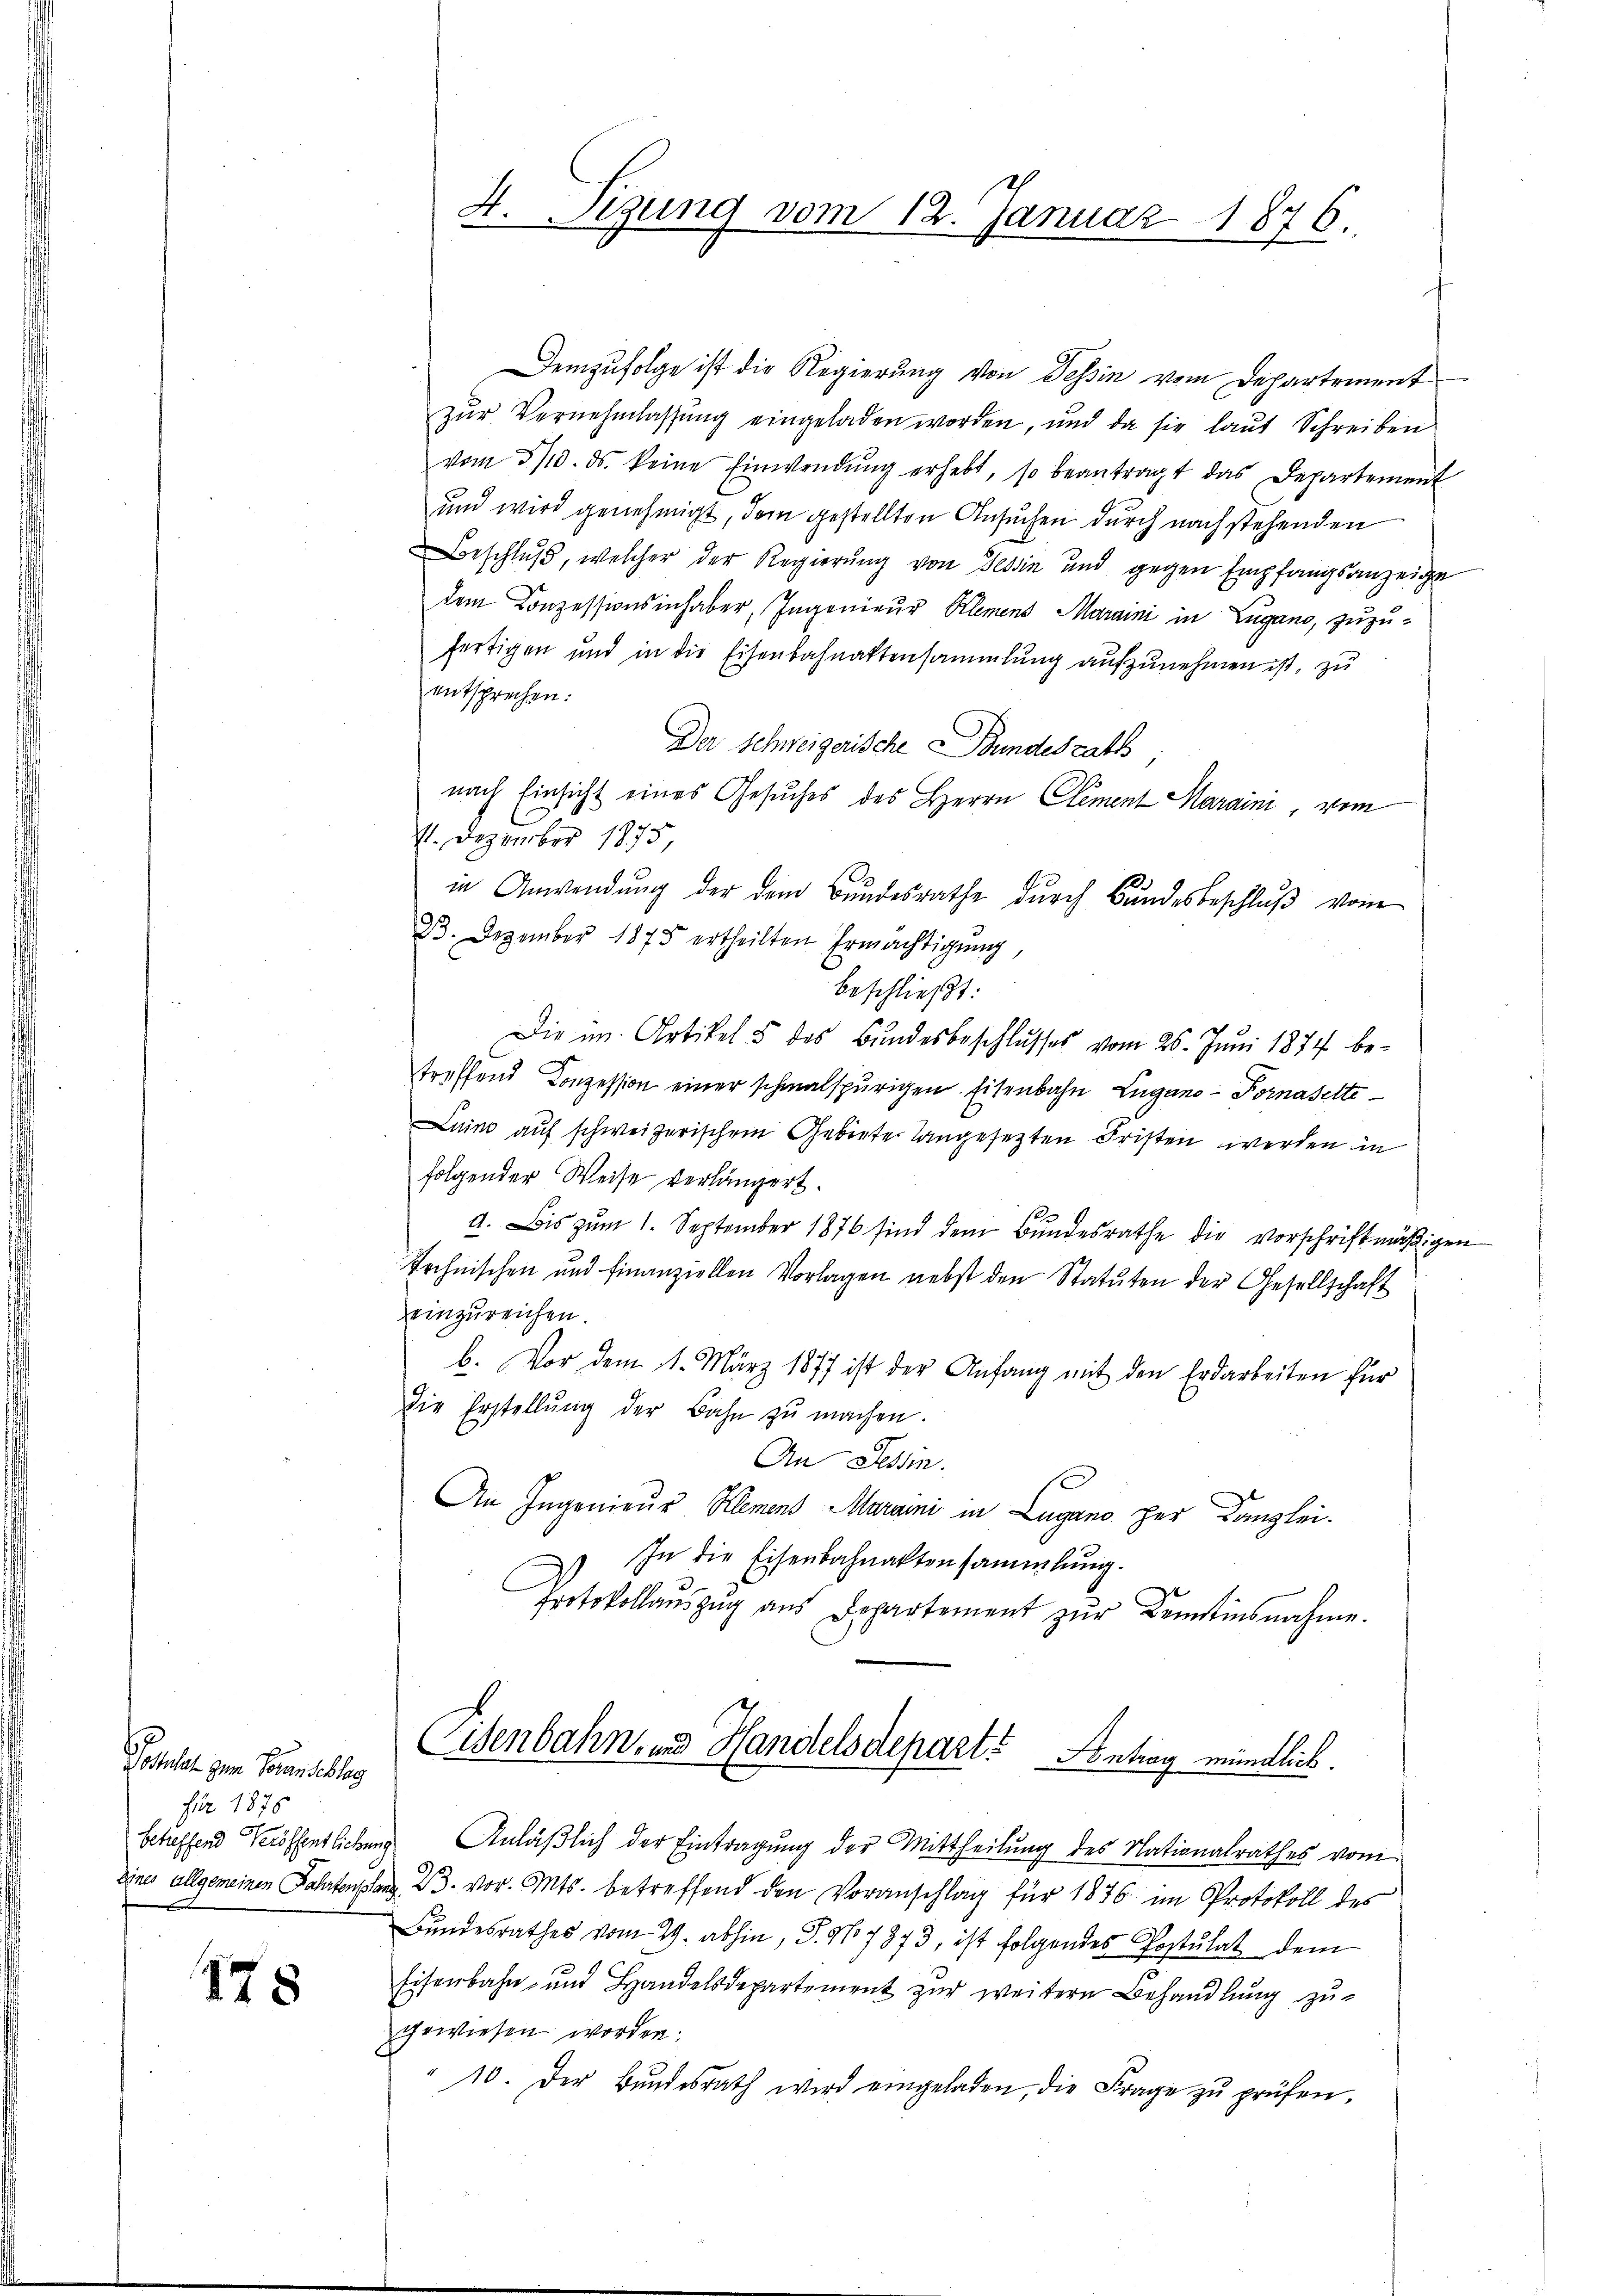
Postulat zum Voranschlag
für 1875

178

Demzufolge ist die Regierung von Tessin vom Departement
zŭr Vernehmlassŭng eingeladen worden, und da sie laŭt Schreiben
vom 3/10. ds. keine Einwendŭng erhebt, so beantragt das Departement
und wird genehmigt, dem gestellten Ansuchen durch nach stehenden
Beschluß, welcher der Regierung von Tessin und gegen Empfangsanzeige
dem Conzessionsinhaber, Ingenieur Klemens Maraini in Lugano, zuzufertigen und in die Eisenbahnattensammlung aufzunehmen ist, zu
entsprechen:
Der Schweizerische Bundesrath
nach Einsicht eines Gesuches des Herrn Clement Maraini, vom
11. Dezember 1875,
in Anwendŭng der dem Bŭndesrathe dŭrch Bŭndesbeschlŭβ vom
23. Dezember 1875 ertheilten Ermächtigung,
beschließt:
Die im Artikel 5 des Bŭndesbeschlŭsses vom 26. Juni 1874 be-
treffend Conzession einer schmalspurigen Eisenbahn Lugano-Fornasette
Luino auf schweizerischem Gebiete langesetzten Fristen werden in
folgender Weise verlängert.
a. Bis zum 1. September 1876 sind dem Bundesrathe die vorschriftmäßigen
technischen und finanziellen Vorlagen nebst den Statuten der Gesellschaft
einzureichen.
b. Vor dem 1. März 1877 ist der Anfang mit den Erdarbeiten für
die Erstellŭng der Bahn zŭ machen.
An Tessin.
An Ingenieur Klement Maramni in Lugano per Kanzlei-
In die Eisenbahnaktensammlung.
Protokollaŭszŭg aŭs Departement zŭr Kenntinsnahme.
Eisenbahn- und Handelsdepart. Antrag mündlich.
betreffend Veröffentlichung Anläßlich der Eintragung der Mittheilung des Nationalrathes vom
eines allgemeinen Fahrten schon 23. vor. Mts. betreffend den Voranschlag für 1876 im Protokoll des
Bundesrathes vom 29. abhin, P. No 7373, ist folgendes Postulat dem
Eisenbahn- und Handelsdepartement zur weitern Behandlung zugewiesen worden.
" 10. Der Bŭndesrath wird eingeladen, die Frage zŭ prüfen,

4. Sizung vom 12. Januar 1876.